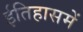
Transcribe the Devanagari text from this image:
ईतिहासमें